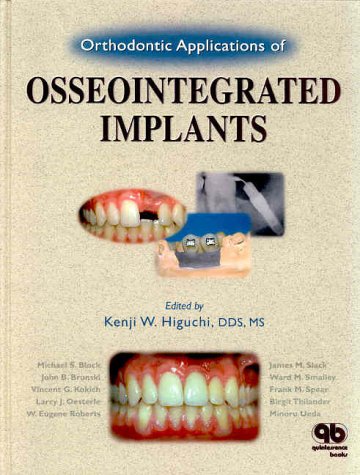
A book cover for Orthodontic Applications of Osseointegrated Implants; Per-Ingvar Branemark; Medical Books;